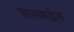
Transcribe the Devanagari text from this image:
पालमडेल